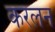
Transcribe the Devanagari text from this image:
करलन